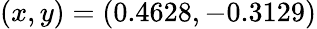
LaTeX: (x,y)=(0.4628,-0.3129)